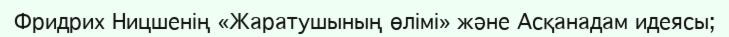
Фридрих Ницшенің «Жаратушының өлімі» және Асқанадам идеясы;